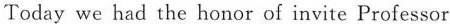
Today we had the honor of invite Professor